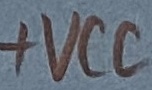
Text: +VCC